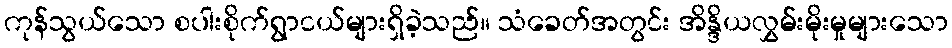
ကုန်သွယ်သော စပါးစိုက်ရွာငယ်များရှိခဲ့သည်။ သံခေတ်အတွင်း အိန္ဒိယလွှမ်းမိုးမှုများသော